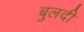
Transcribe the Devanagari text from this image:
बुलदी